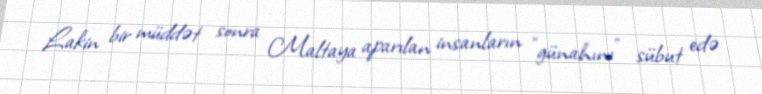
Lakin bir müddət sonra Maltaya aparılan insanların "günahını" sübut edə